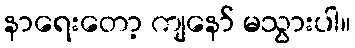
နာရေးတော့ ကျနော် မသွားပါ။